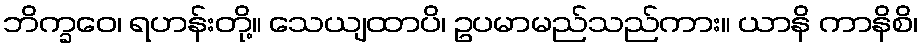
ဘိက္ခဝေ၊ ရဟန်းတို့။ သေယျထာပိ၊ ဥပမာမည်သည်ကား။ ယာနိ ကာနိစိ၊